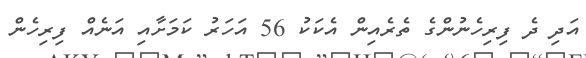
އަދި ދެ ފިރިހެނުންގެ ތެރެއިން އެކަކު 56 އަހަރު ކަމަށާއި އަނެއް ފިރިހެން